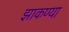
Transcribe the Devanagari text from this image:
झाकण्या